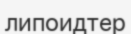
липоидтер